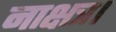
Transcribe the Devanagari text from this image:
नाक्षत्र।